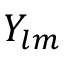
Y _ { l m }